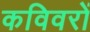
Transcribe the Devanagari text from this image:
कविवरों